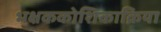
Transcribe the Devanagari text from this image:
भक्षककोशिकाक्रिया